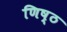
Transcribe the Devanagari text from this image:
णिष्ठ